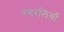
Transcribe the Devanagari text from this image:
रंगरलियाँ